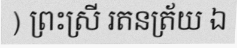
) ព្រះស្រី រតនត្រ័យ ឯ